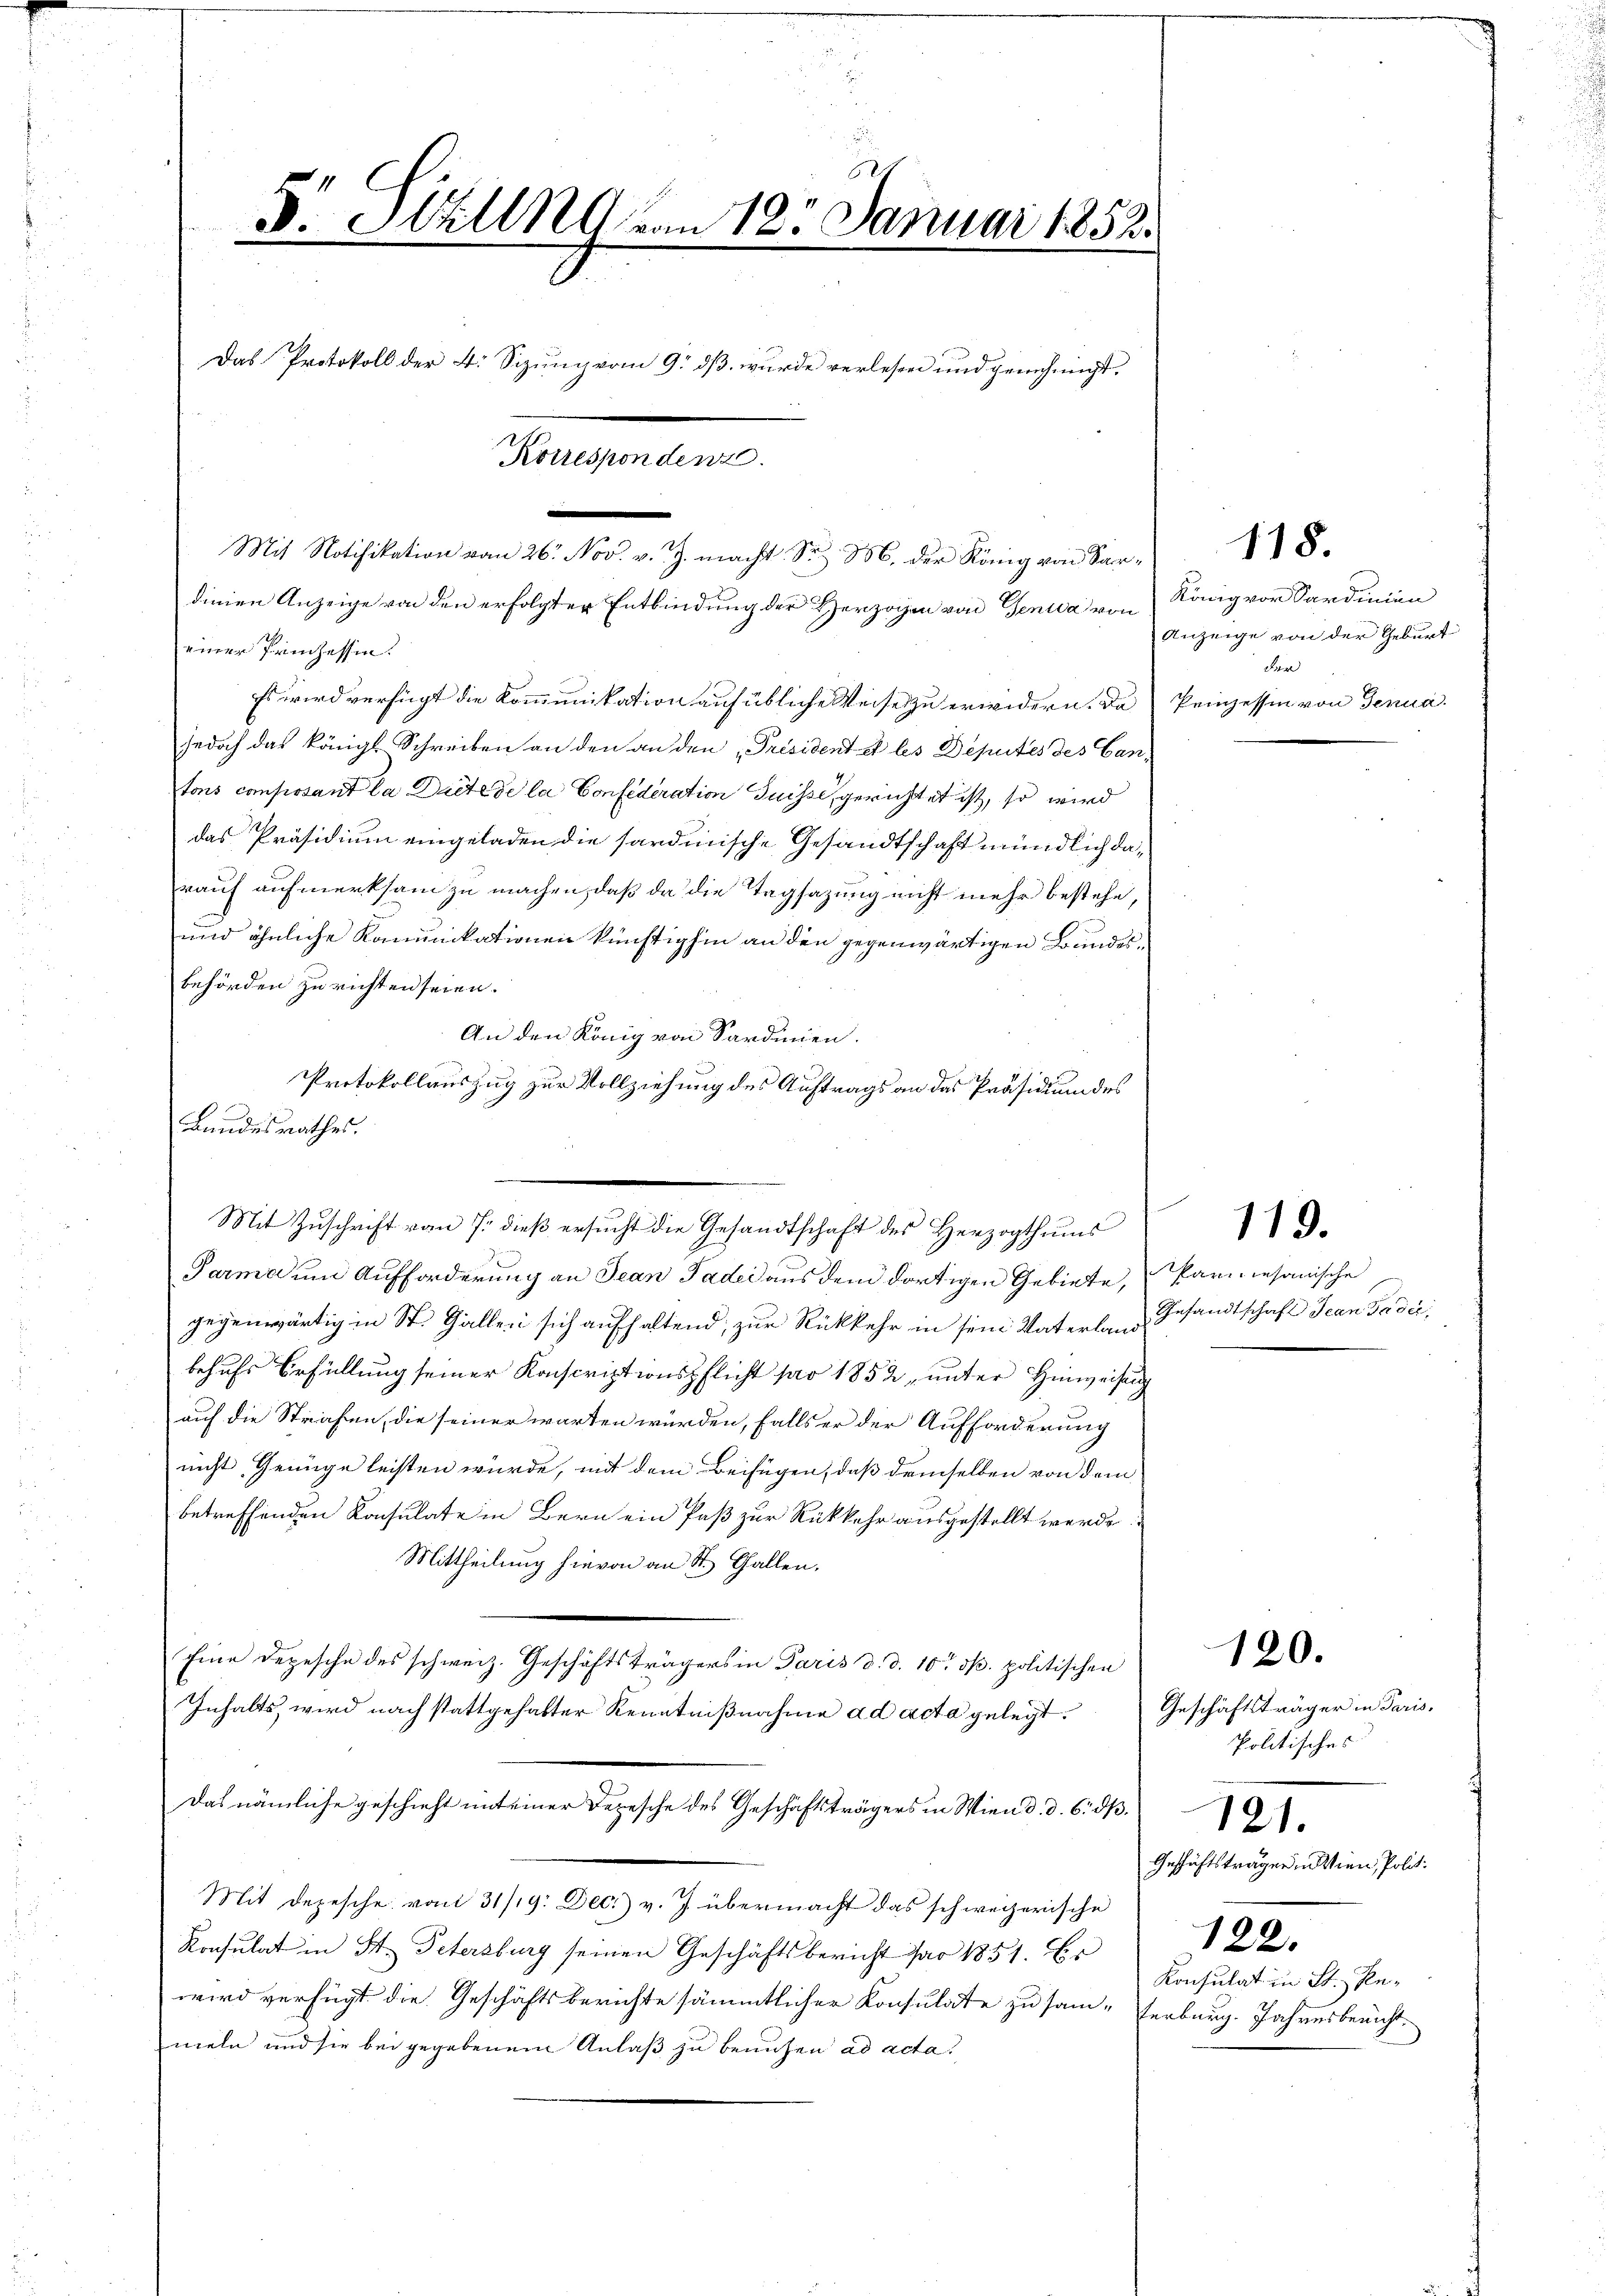
5 Still von 125. Januar 1852.
Das Protokoll der 4. Sizung vom 9. dß wurde verlesen und genehmigt.
Korrespondenz
Mit Notifikation vom 26. Nov. v. J. macht Sr. M. der König von Sardinien Anzeige von den erfolgter Entbindung der Herzogen von Genua von König vor Sardinien
einer Prinzessin.

Es wird verfügt die Kommunikation auf übliche Weise zu erwidern. Da
jedoch das königl. Schreiben an den an den „Président et les Deputés des Cantons composant la Ducte de la Confederation Suisse, gerichtet ist, so wird
das Präsidium eingeladen die sardinische Gesandtschaft mündlich darauf aufmerksam zu machen, daß da die Tagsazung nicht mehr bestehe,
und ähnliche Kommunikationen künftighin an den gegenwärtigen Bundesbehörden zu richten seien.
An den König von Sardinien.
Protokollauszug zur Vollziehung des Auftrags an das Präsidium des
Bundesrathes.

Mit Zŭschrift vom 7. dieβ ersŭcht die Gesandtschaft des Herzogthums

Parma um Aufforderung an Jean Pader aus dem dortigen Gebiete, Parmesanische
gegenwärtig in St. Gallen sich aufhaltend, zur Rückkehr in sein Vaterland Gesandtschaft Jean Padii,
behufs Erfüllung seiner Konscriptionspflicht pro 1852, unter Hinweisung
auf die Strafen, die seiner warten würden, falls er der Aufforderung
nicht Genüge leisten würde, mit dem Beifügen, daß demselben von dem
betreffenden Konsulate in Bern ein Paß zur Rückkehr ausgestellt werde.
Mittheilung hievon an St. Gallen,
Eine Depesche des schweiz. Geschäftsträgers in Paris d. d. 10t d. politischen
Inhalts, wird nach stattgehabter Kenntnißnahme ad acta gelegt. Geschäftsträger in Paris,
Das nämliche geschieht mit einer Depesche des Geschäftsträgers in Wien d. d. 6. dß.
Mit Depesche vom 31/9: Dec. v. J. übermacht das schweizerische
Konsulat in St. Petersburg seinen Geschäftsbericht dar 1851. Es
wird verfügt die Geschäftsberichte sämmtlicher Konsulate zu sam- Verburg. Jahresbericht.
meln und sie bei gegebenem Anlaß zu beruhen ad acta.

Anzeige von der Geburt
der
Peinzessin von Jenna.

118.

119.

Politisches
Geschichtsträger in Wien Politi
122.
Konsulat in St. Pe-

120.

121.